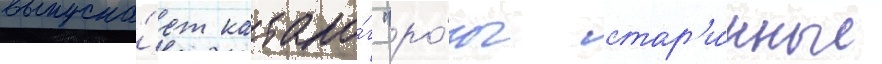
выпуска́ет катало́г "ро́зы стар'и́нные